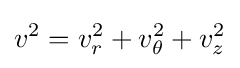
v^{2}=v_{r}^{2}+v_{\theta }^{2}+v_{z}^{2}